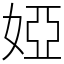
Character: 婭